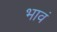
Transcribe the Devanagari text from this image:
भावं